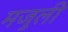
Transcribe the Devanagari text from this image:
मजुली